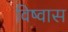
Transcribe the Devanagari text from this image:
विष्वास